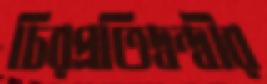
চিরপ্রতিদ্বন্দ্বীর